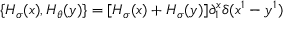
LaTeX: \{ { \cal H } _ { \sigma } ( x ) , { \cal H } _ { \theta } ( y ) \} = [ { \cal H } _ { \sigma } ( x ) + { \cal H } _ { \sigma } ( y ) ] \partial _ { 1 } ^ { x } \delta ( x ^ { 1 } - y ^ { 1 } )